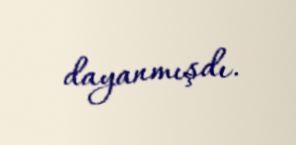
dayanmışdı.